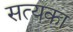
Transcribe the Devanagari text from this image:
सत्यका